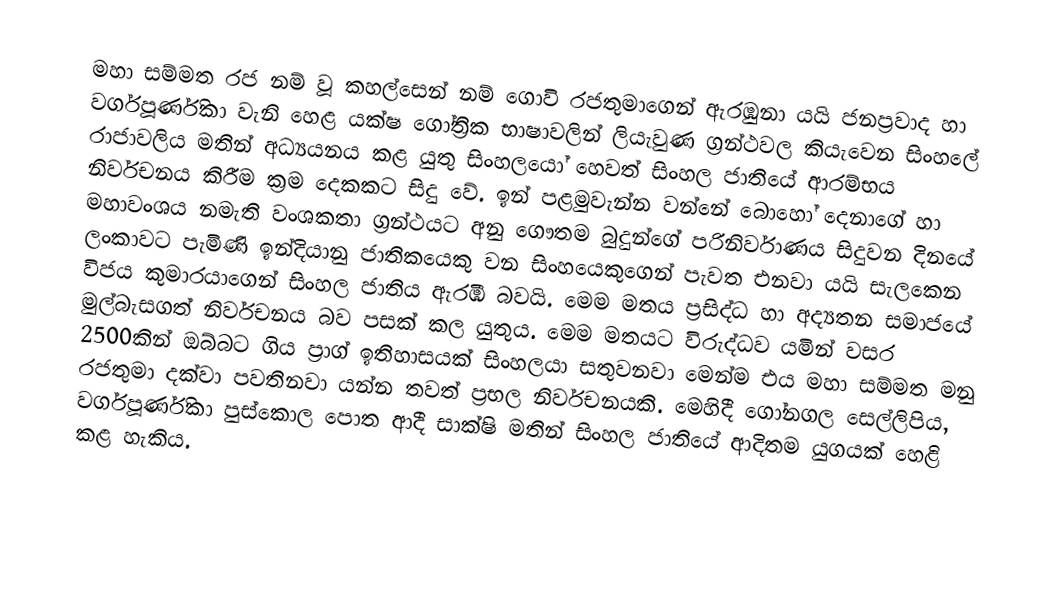
මහා සම්මත රජ නම් වූ කහල්සෙන් නම් ගොවි රජතුමාගෙන් ඇරඹුනා යයි ජනප්‍රවාද හා වර්ගපූර්ණිකා වැනි හෙළ යක්ෂ ගෝත්‍රික භාෂාවලින් ලියැවුණ ග්‍රන්ථවල කියැවෙන සිංහලේ රාජාවලිය මතින් අධ්‍යයනය කළ යුතු සිංහලයෝ හෙවත් සිංහල ජාතියේ ආරම්භය නිර්වචනය කිරීම ක්‍රම දෙකකට සිදු වේ. ඉන් පළමුවැන්න වන්නේ බොහෝ දෙනාගේ හා මහාවංශය නමැති වංශකතා ග්‍රන්ථයට අනු ගෞතම බුදුන්ගේ පරිනිර්වාණය සිදුවන දිනයේ ලංකාවට පැමිණි  ඉන්දියානු ජාතිකයෙකු වන සිංහයෙකුගෙන් පැවත එනවා යයි සැලකෙන විජය කුමාරයාගෙන් සිංහල ජාතිය ඇරඹි බවයි. මෙම මතය ප්‍රසිද්ධ හා අද්‍යතන සමාජයේ මුල්බැසගත් නිර්වචනය බව පසක් කල යුතුය. මෙම මතයට විරුද්ධව යමින් වසර 2500කින් ඔබ්බට ගිය ප්‍රාග් ඉතිහාසයක් සිංහලයා සතුවනවා මෙන්ම එය මහා සම්මත මනු රජතුමා දක්වා පවතිනවා යන්න තවත් ප්‍රභල නිර්වචනයකි. මෙහිදී ගෝනගල සෙල්ලිපිය, වර්ගපූර්ණිකා පුස්කොල පොත ආදී සාක්ෂි මතින් සිංහල ජාතියේ ආදිතම යුගයක් හෙළි කළ හැකිය.